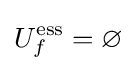
U_{f}^{\operatorname {ess} }=\varnothing